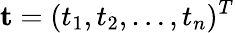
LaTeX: \mathbf{t}=(t_{1},t_{2},\ldots,t_{n})^{T}